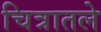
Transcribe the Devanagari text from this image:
चित्रातले